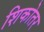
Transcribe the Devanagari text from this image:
शिकोतर